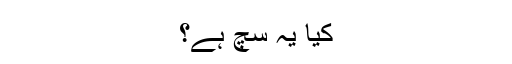
کیا یہ سچ ہے؟